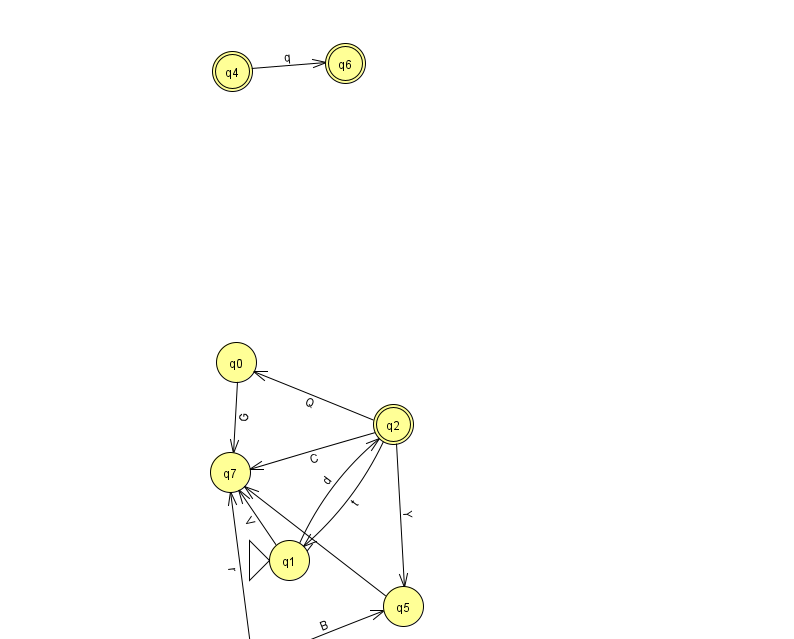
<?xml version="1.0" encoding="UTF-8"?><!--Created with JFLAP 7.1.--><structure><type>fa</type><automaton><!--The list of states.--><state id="0" name="q0"><x>236.0</x><y>349.0</y></state><state id="1" name="q1"><x>289.0</x><y>547.0</y><initial/></state><state id="2" name="q2"><x>393.0</x><y>411.0</y><final/></state><state id="3" name="q3"><x>254.0</x><y>651.0</y></state><state id="4" name="q4"><x>232.0</x><y>58.0</y><final/></state><state id="5" name="q5"><x>403.0</x><y>593.0</y></state><state id="6" name="q6"><x>345.0</x><y>50.0</y><final/></state><state id="7" name="q7"><x>230.0</x><y>459.0</y></state><!--The list of transitions.--><transition><from>3</from><to>7</to><read>r</read></transition><transition><from>0</from><to>7</to><read>G</read></transition><transition><from>1</from><to>2</to><read>d</read></transition><transition><from>2</from><to>1</to><read>t</read></transition><transition><from>5</from><to>7</to><read>I</read></transition><transition><from>2</from><to>5</to><read>Y</read></transition><transition><from>2</from><to>0</to><read>Q</read></transition><transition><from>3</from><to>5</to><read>B</read></transition><transition><from>4</from><to>6</to><read>q</read></transition><transition><from>1</from><to>7</to><read>V</read></transition><transition><from>2</from><to>7</to><read>C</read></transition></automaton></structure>